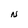
Character: N